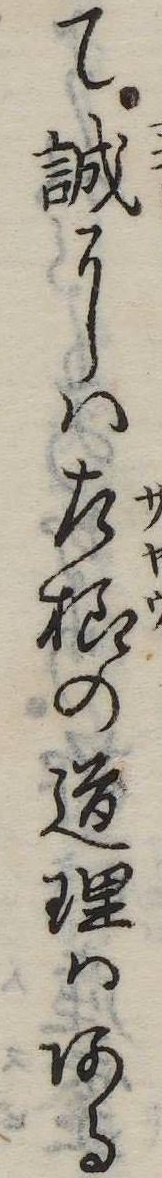
て誠には左様の道理はある